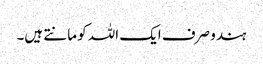
ہندو صرف ایک اللہ کو مانتے ہیں۔